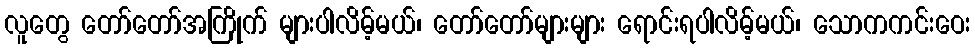
လူတွေ တော်တော်အကြိုက် များပါလိမ့်မယ်၊ တော်တော်များများ ရောင်းရပါလိမ့်မယ်၊ သောကကင်းဝေး